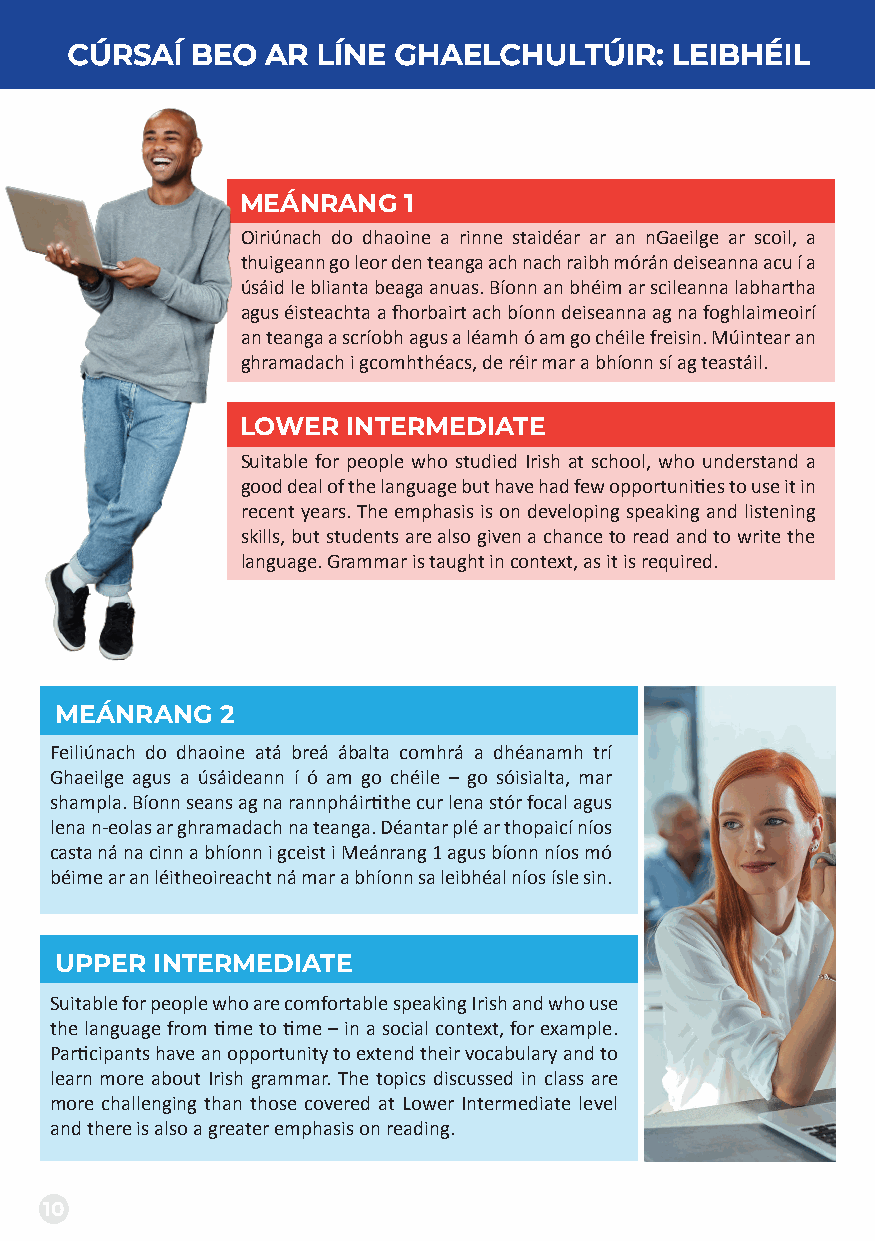
CÚRSAÍ   BEO  AR LÍNE GHAELCHULTÚIR:    LEIBHÉIL
 MEÁNRANG   1
 Oiriúnach do dhaoine a rinne staidéar ar an nGaeilge ar scoil, a
 thuigeann go leor den teanga ach nach raibh mórán deiseanna acu í a
 úsáid le blianta beaga anuas. Bíonn an bhéim ar scileanna labhartha
 agus éisteachta a fhorbairt ach bíonn deiseanna ag na foghlaimeoirí
 an teanga a scríobh agus a léamh ó am go chéile freisin. Múintear an
 ghramadach i gcomhthéacs, de réir mar a bhíonn sí ag teastáil.
 LOWER  INTERMEDIATE
 Suitable for people who studied Irish at school, who understand a
 good deal of the language but have had few opportunities to use it in
 recent years. The emphasis is on developing speaking and listening
 skills, but students are also given a chance to read and to write the
 language. Grammar is taught in context, as it is required.
 MEÁNRANG   2
 Feiliúnach do dhaoine atá breá ábalta comhrá a dhéanamh trí
 Ghaeilge agus a úsáideann í ó am go chéile – go sóisialta, mar
 shampla. Bíonn seans ag na rannpháirtithe cur lena stór focal agus
 lena n-eolas ar ghramadach na teanga. Déantar plé ar thopaicí níos
 As a
 casta ná na cinn a bhíonn i gceist i Meánrang 1 agus bíonn níos mó
 beginner,
 béime ar an léitheoireacht ná mar a bhíonn sa leibhéal níos ísle sin.
 I really enjoyed the class. It
 was clear, easy and
 UPwPEeRll sItNruTEctRuMreEdD aIAndTE I had a
 lot of fun!
 Suitable for people who are comfortable speaking Irish and who use
 the language from time to time – in a social context, for example.
 Participants have an opportunity to extend their vocabulary and to
 learn more about Irish grammar. The topics discussed in class are
 more challenging than those covered at Lower Intermediate level
 and there is also a greater emphasis on reading.
 10